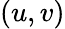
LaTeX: \left(u,v\right)